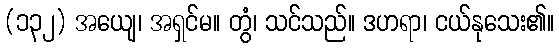
(၁၃၂) အယျေ၊ အရှင်မ။ တွံ၊ သင်သည်။ ဒဟရာ၊ ငယ်နုသေး၏။